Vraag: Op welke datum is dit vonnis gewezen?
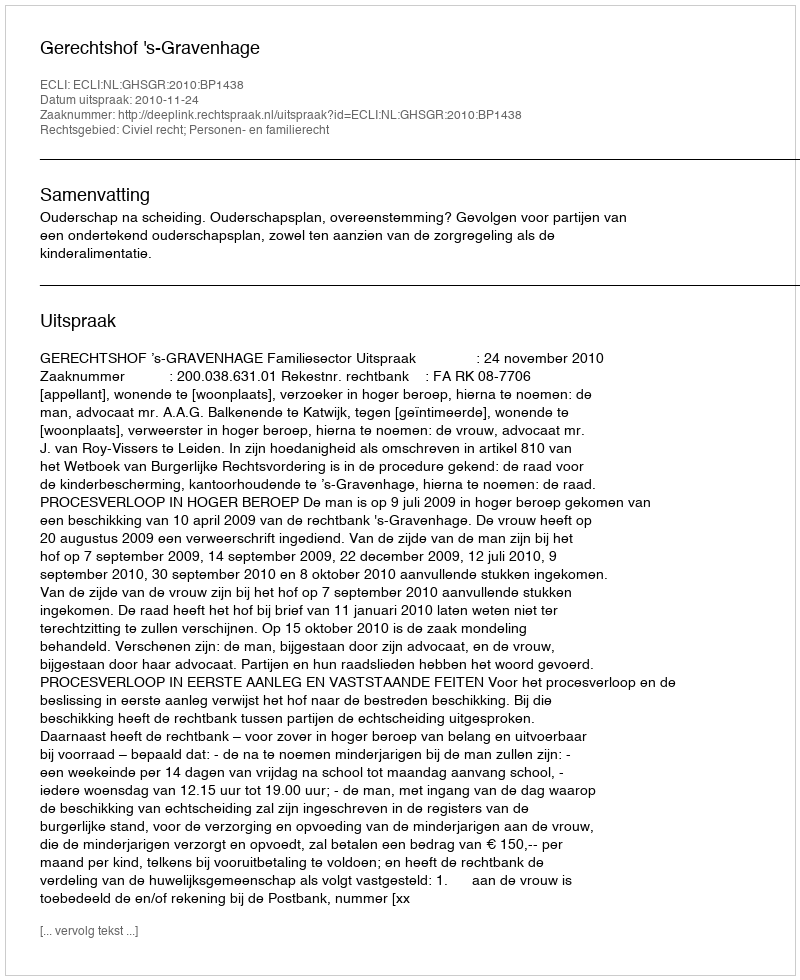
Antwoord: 2010-11-24